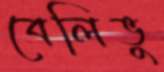
বেলিভু